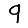
Digit: 9